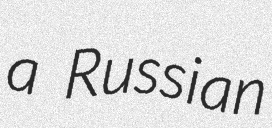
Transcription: a Russian